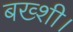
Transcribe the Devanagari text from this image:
बख्शी।